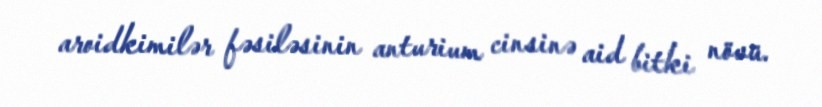
aroidkimilər fəsiləsinin anturium cinsinə aid bitki növü.